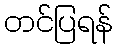
တင်ပြရန်